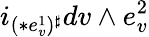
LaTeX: i_{(\ast e_{v}^{1})^{\sharp}}dv\wedge e_{v}^{2}